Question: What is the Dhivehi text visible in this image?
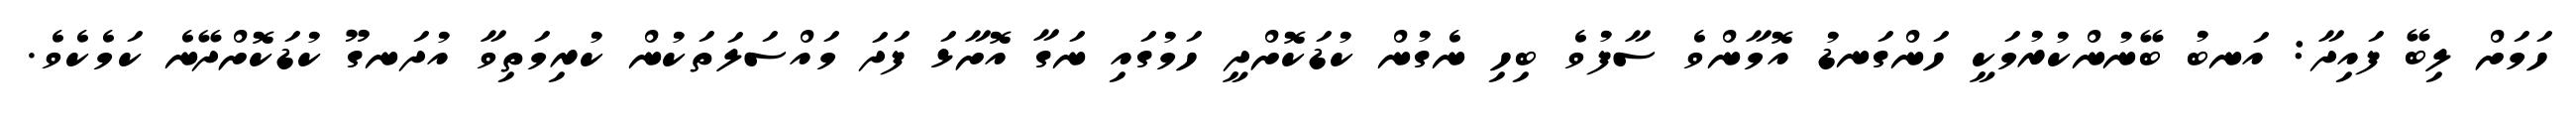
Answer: ހަމަށް ލިބޭ ފައިދާ: އަނބު ބޭނުންކުރުމަކީ ހަންގަނޑު އޮމާންވެ ސާފުވެ ބިހި ނެގުން ކުޑަކޮށްދީ ހަމުގައި ނަގާ އޮށާޅަ ފަދަ މައްސަލަތަކުން ކުރިމަތިވާ އުދަނގޫ ކުޑަކޮށްދޭނެ ކަމެކެވެ.